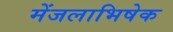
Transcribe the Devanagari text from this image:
मेंजलाभिषेक